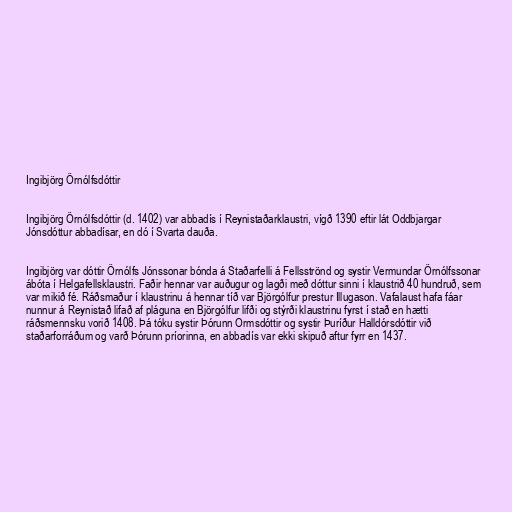
Ingibjörg Örnólfsdóttir

Ingibjörg Örnólfsdóttir (d. 1402) var abbadís í Reynistaðarklaustri, vígð 1390 eftir lát Oddbjargar
Jónsdóttur abbadísar, en dó í Svarta dauða.

Ingibjörg var dóttir Örnólfs Jónssonar bónda á Staðarfelli á Fellsströnd og systir Vermundar Örnólfssonar
ábóta í Helgafellsklaustri. Faðir hennar var auðugur og lagði með dóttur sinni í klaustrið 40 hundruð, sem
var mikið fé. Ráðsmaður í klaustrinu á hennar tíð var Björgólfur prestur Illugason. Vafalaust hafa fáar
nunnur á Reynistað lifað af pláguna en Björgólfur lifði og stýrði klaustrinu fyrst í stað en hætti
ráðsmennsku vorið 1408. Þá tóku systir Þórunn Ormsdóttir og systir Þuríður Halldórsdóttir við
staðarforráðum og varð Þórunn príorinna, en abbadís var ekki skipuð aftur fyrr en 1437.